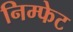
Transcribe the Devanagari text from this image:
निम्फेट